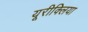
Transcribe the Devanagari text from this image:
यूरीक्लिया